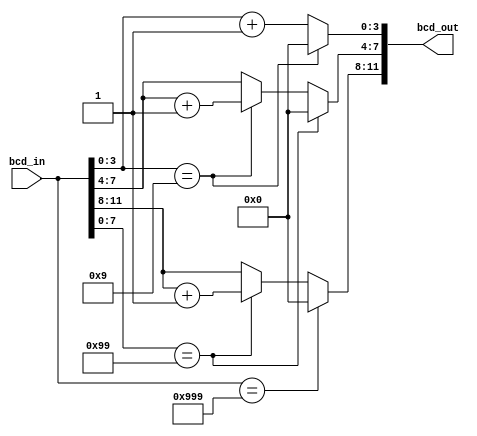
//BCD uses 4 bits to represent 10 decimal digits.
//a BCD incrementer adds 1 to a number in BCD format
//e.g. 0010 0101 1001 (259) becomes 0010 0110 0000 (260)
//: design a three digit incrementor
//: design a testbench
//: parametrize to N digits #parameter
module bcd_incrementer_3digit_old(
	bcd_in, 
	bcd_out
);

//inputs, outputs
input wire [11:0] bcd_in;
output wire [11:0] bcd_out;
localparam nine = 4'b1001;
localparam ninenine = 8'b10011001;
localparam nineninenine = 12'b100110011001;
localparam one  = 4'b0001;
localparam zero = 4'b0000;

//carry on nine
//digit one = add + carry out
wire [4:0] digit2;
assign digit2 = bcd_in[3:0] == nine ? zero : bcd_in[3:0] + 1;

wire [4:0] digit1; //carry over first nine
assign digit1 = bcd_in[7:0] == ninenine ? zero 
												: bcd_in[3:0] == nine ? bcd_in[7:4] + one : bcd_in[7:4];

wire [3:0] digit0; //carry over second nine
assign digit0 = bcd_in[11:0] == nineninenine ? zero : bcd_in[7:0] == ninenine ? bcd_in[11:8] + one : bcd_in[11:8];

assign bcd_out = {digit0[3:0], digit1[3:0], digit2[3:0]};

endmodule